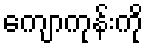
ကျောကုန်းကို